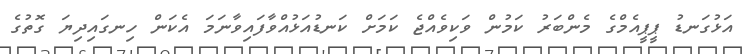
އަޅުގަނޑު ޕީޕީއެމްގެ މެންބަރު ކަމުން ވަކިވެއްޖެ ކަމަށް ކަނޑުއަޅުއްވާފައިވާނަމަ އެކަން ހިނގައިދިޔަ ގޮތުގެ